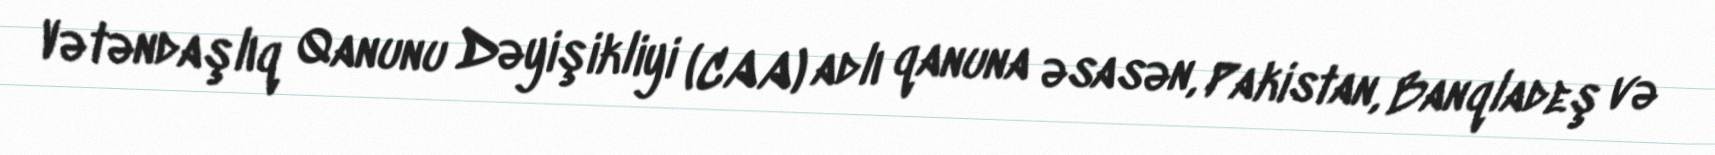
Vətəndaşlıq Qanunu Dəyişikliyi (CAA) adlı qanuna əsasən, Pakistan, Banqladeş və